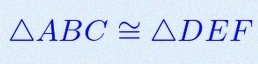
\triangle ABC\cong\triangle DEF